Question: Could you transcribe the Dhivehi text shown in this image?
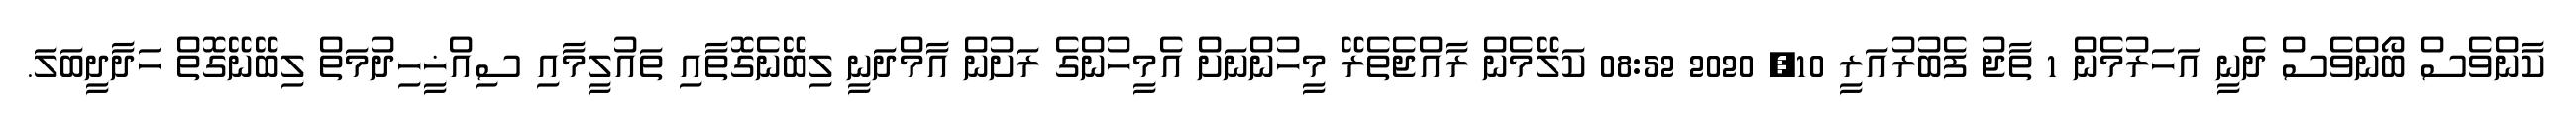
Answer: ކާންވެސް ބޯންވެސް ދެނީ އަހަރުމެން 1 ތާޖު ފެބުރުއަރީ 10, 2020 08:52 ކަލޭމެން ރާއްޖެތެރޭ މީހުންނަށް އެމީހުންގެ ރަށުން އާމްދަނީ ލިބޭނެގޮތާއި ތައުލީމާއި ސިއްޚީހިދުމަތް ލިބޭނޭގޮތް ހަދާދީބަލަ.